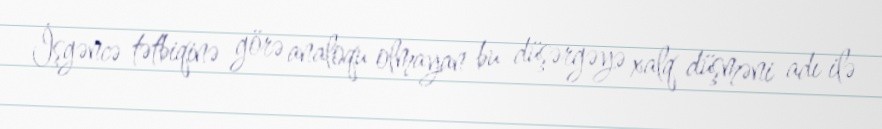
İşgəncə tətbiqinə görə analoqu olmayan bu düşərgəyə xalq düşməni adı ilə